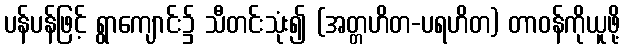
ပန်ပန်ဖြင့် ရွာကျောင်း၌ သီတင်းသုံး၍ (အတ္တဟိတ-ပရဟိတ) တာဝန်ကိုယူဖို့